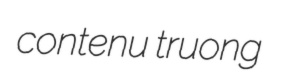
contenu truong